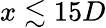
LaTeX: x\lesssim 15D